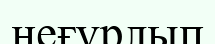
неғұрлып